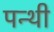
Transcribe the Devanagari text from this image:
पन्थी